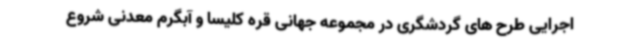
اجرایی طرح های گردشگری در مجموعه جهانی قره کلیسا و آبگرم معدنی شروع